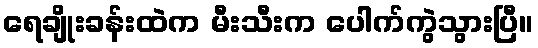
ရေချိုးခန်းထဲက မီးသီးက ပေါက်ကွဲသွားပြီ။